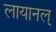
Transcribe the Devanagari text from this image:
लायानल्